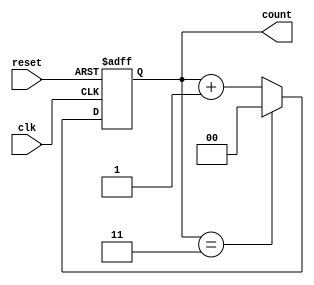
module mod_n_counter (
    input wire clk,        // Clock input
    input wire reset,      // Asynchronous reset
    output reg [1:0] count // 2-bit output for Mod-4 counter
);

// Asynchronous reset and counting logic
always @(posedge clk or posedge reset) begin
    if (reset) begin
        count <= 2'b00; // Reset the counter to 0
    end else begin
        if (count == 2'b11) begin
            count <= 2'b00; // Reset to 0 after reaching 3 (Mod-4)
        end else begin
            count <= count + 1; // Increment the counter
        end
    end
end

endmodule